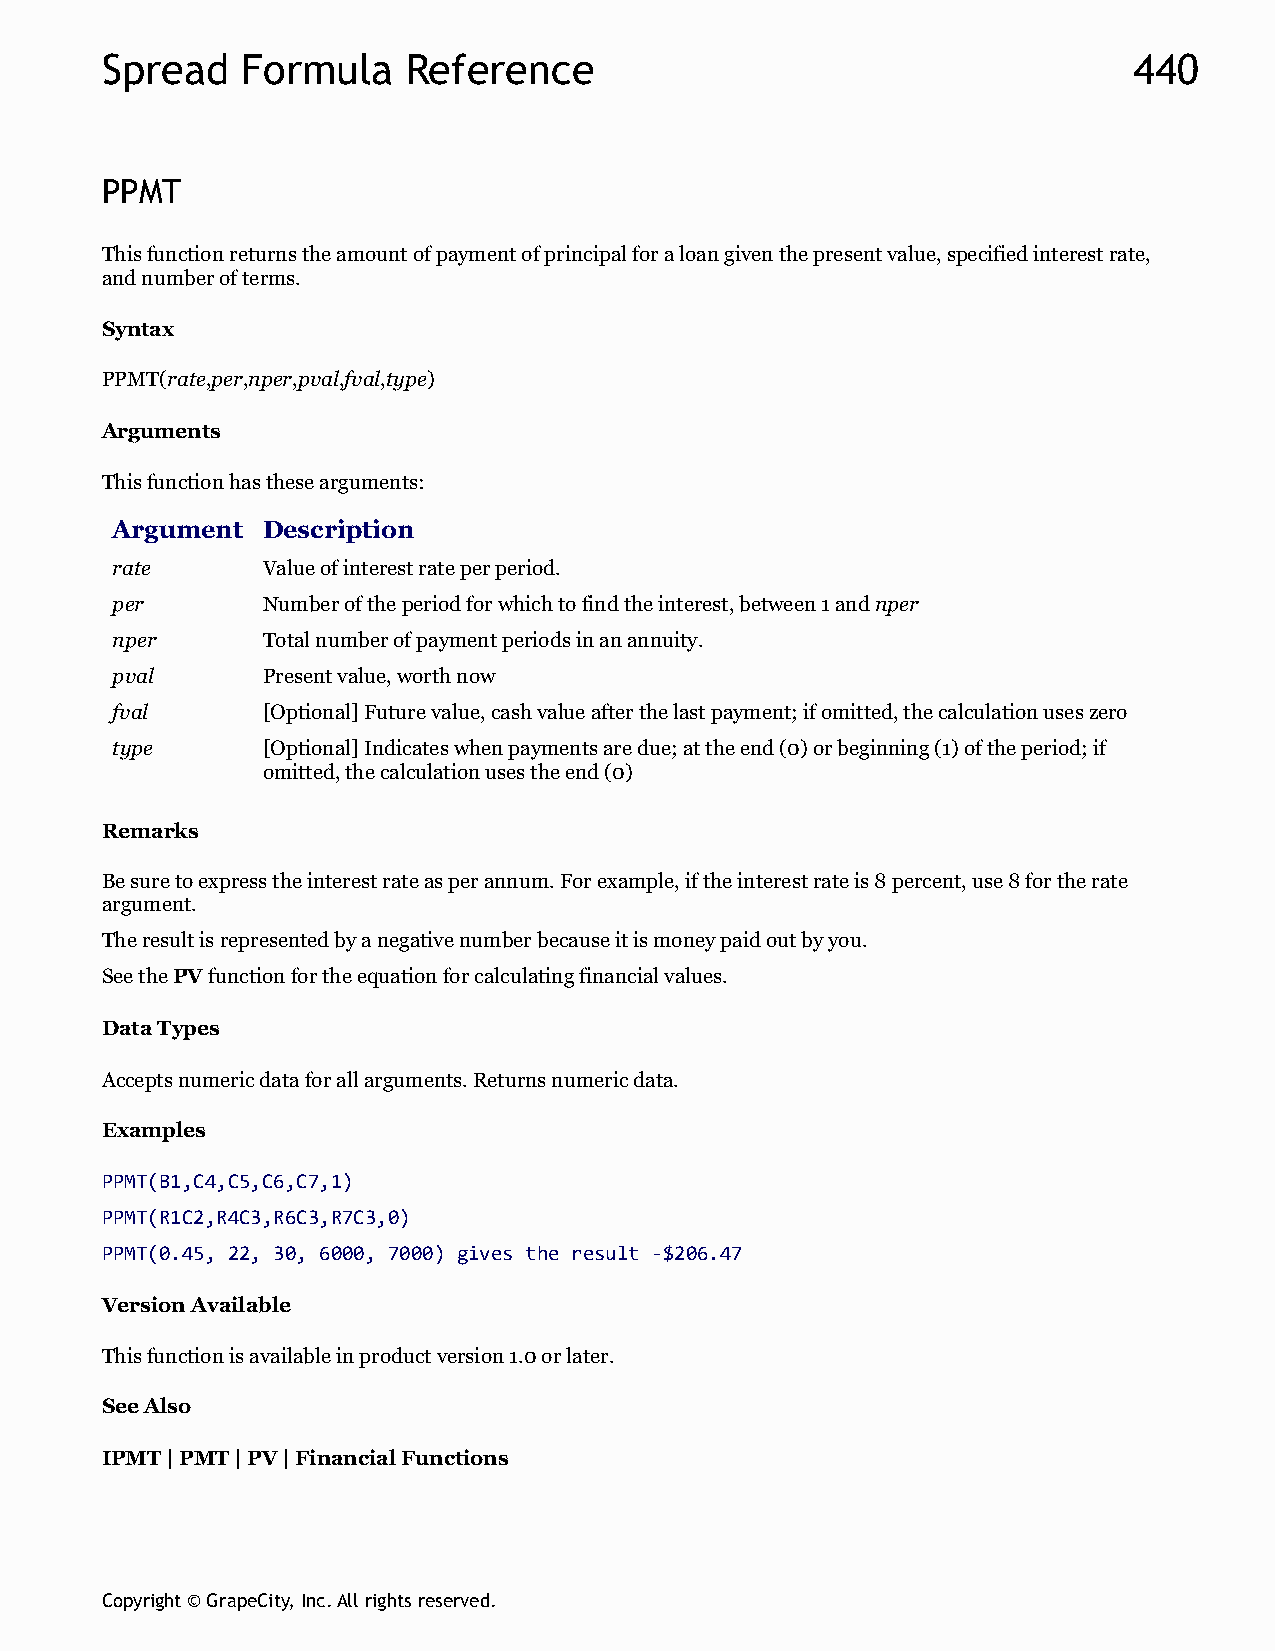
Spread   Formula    Reference                                       440
 PPMT
 This function returns the amount of payment of principal for a loan given the present value, specified interest rate,
 and number of terms.
 Syntax
 PPMT(rate,per,nper,pval,fval,type)
 Arguments
 This function has these arguments:
 Argument  Description
 rate      Value of interest rate per period.
 per       Number of the period for which to find the interest, between 1 and nper
 nper      Total number of payment periods in an annuity.
 pval      Present value, worth now
 fval      [Optional] Future value, cash value after the last payment; if omitted, the calculation uses zero
 type      [Optional] Indicates when payments are due; at the end (0) or beginning (1) of the period; if
 omitted, the calculation uses the end (0)
 Remarks
 Be sure to express the interest rate as per annum. For example, if the interest rate is 8 percent, use 8 for the rate
 argument.
 The result is represented by a negative number because it is money paid out by you.
 See the PV function for the equation for calculating financial values.
 Data Types
 Accepts numeric data for all arguments. Returns numeric data.
 Examples
 PPMT(B1,C4,C5,C6,C7,1)
 PPMT(R1C2,R4C3,R6C3,R7C3,0)
 PPMT(0.45, 22, 30, 6000, 7000) gives the result -$206.47
 Version Available
 This function is available in product version 1.0 or later.
 See Also
 IPMT | PMT | PV | Financial Functions
 Copyright © GrapeCity, Inc. All rights reserved.